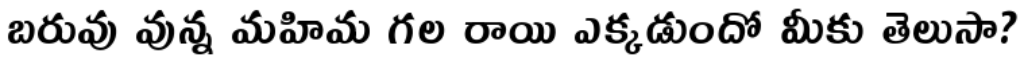
బరువు వున్న మహిమ గల రాయి ఎక్కడుందో మీకు తెలుసా?